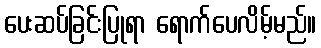
ပေးဆပ်ခြင်းပြုရာ ရောက်ပေလိမ့်မည်။